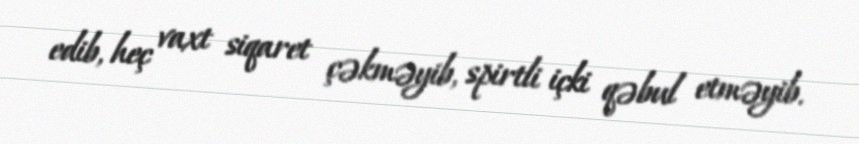
edib, heç vaxt siqaret çəkməyib, spirtli içki qəbul etməyib.